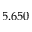
5 . 6 5 0